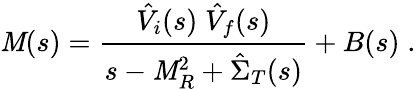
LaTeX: {\cal\mathit{M}}(s)=\frac{{\hat{{V}}_{i}(s)\; \hat{{V}}_{f}(s)}}{{s-\mathit{M}_{R}^{2}+\hat{{\Sigma}}_{T}(s)}}+B(s)\; .